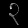
Digit: ၃